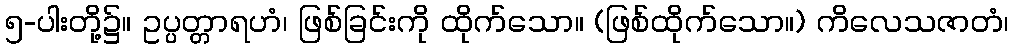
၅-ပါးတို့၌။ ဥပ္ပတ္တာရဟံ၊ ဖြစ်ခြင်းကို ထိုက်သော။ (ဖြစ်ထိုက်သော။) ကိလေသဇာတံ၊